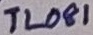
Text: TL081